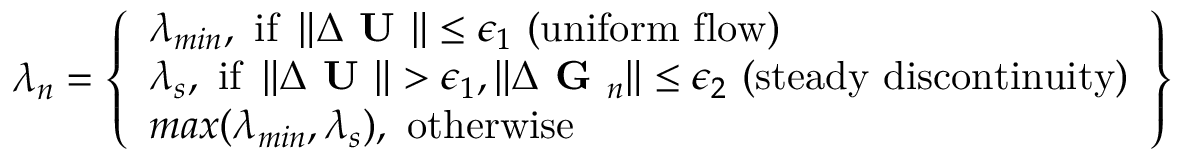
\lambda _ { n } = \left\{ \begin{array} { l } { \lambda _ { m i n } , \mathrm { ~ i f ~ } \left\| \Delta \textbf { U } \right\| \leq \epsilon _ { 1 } \mathrm { ~ ( u n i f o r m ~ f l o w ) } } \\ { \lambda _ { s } , \mathrm { ~ i f ~ } \left\| \Delta \textbf { U } \right\| > \epsilon _ { 1 } , \left\| \Delta \textbf { G } _ { n } \right\| \leq \epsilon _ { 2 } \mathrm { ~ ( s t e a d y ~ d i s c o n t i n u i t y ) } } \\ { m a x ( \lambda _ { m i n } , \lambda _ { s } ) , \mathrm { ~ o t h e r w i s e } } \end{array} \right\}